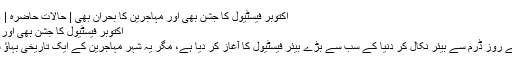
اکتوبر فیسٹیول کا جشن بھی اور مہاجرین کا بحران بھی | حالات حاضرہ | DW | 20.09.2015
اکتوبر فیسٹیول کا جشن بھی اور مہاجرین کا بحران بھی
میونخ شہر نے ہفتے کے روز ڈرم سے بیئر نکال کر دنیا کے سب سے بڑے بیئر فیسٹیول کا آغاز کر دیا ہے، مگر یہ شہر مہاجرین کے ایک تاریخی بہاؤ سے بھی نبرد آزما ہے۔